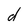
Character: d